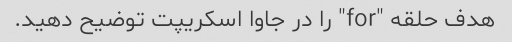
هدف حلقه "for" را در جاوا اسکریپت توضیح دهید.